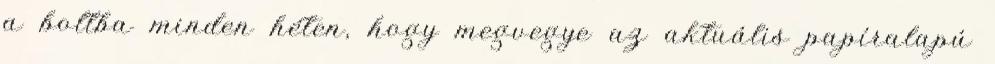
a boltba minden héten, hogy megvegye az aktuális papíralapú